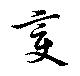
變